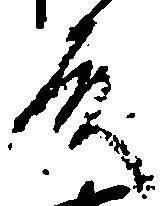
殿